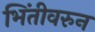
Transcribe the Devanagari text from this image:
भिंतीवरुन